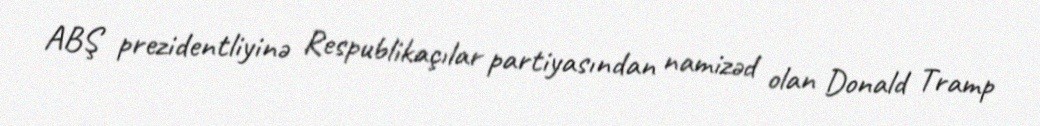
ABŞ prezidentliyinə Respublikaçılar partiyasından namizəd olan Donald Tramp